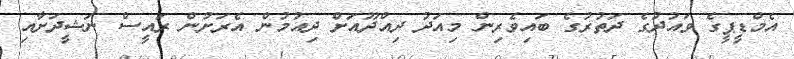
އެމްޑީޕީގެ ވައުދުގެ ދަތުރުގެ ބައިވެރިން މިއަދު ދިއްދޫއަށް ދިއުމުން އެރަށުން ރައީސް ނަޝީދަށާއި